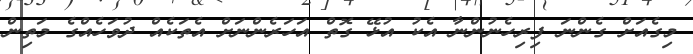
މިގެއަށް ގެންނަ ފިރިހެނުންނާ އެކު އުޅޭ ގޮތް އަހަރެންނަށް އެތަކެއް ދުވަހެއްގެ މަތިން